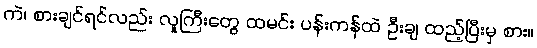
ကဲ၊ စားချင်ရင်လည်း လူကြီးတွေ ထမင်း ပန်းကန်ထဲ ဦးချ ထည့်ပြီးမှ စား။